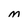
Character: M